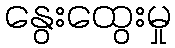
နွေးထွေးမှု